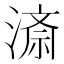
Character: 𭲍